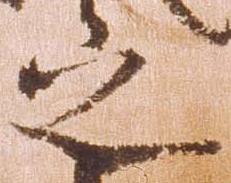
之